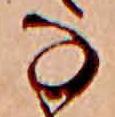
な